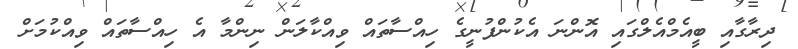
ދިރާގާއި ބީއެމްއެލްގައި އޮންނަ އެކުންފުނީގެ ހިއްސާތައް ވިއްކާލަން ނިންމާ އެ ހިއްސާތައް ވިއްކުމަށް